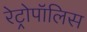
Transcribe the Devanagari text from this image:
रेट्रोपॉलिस